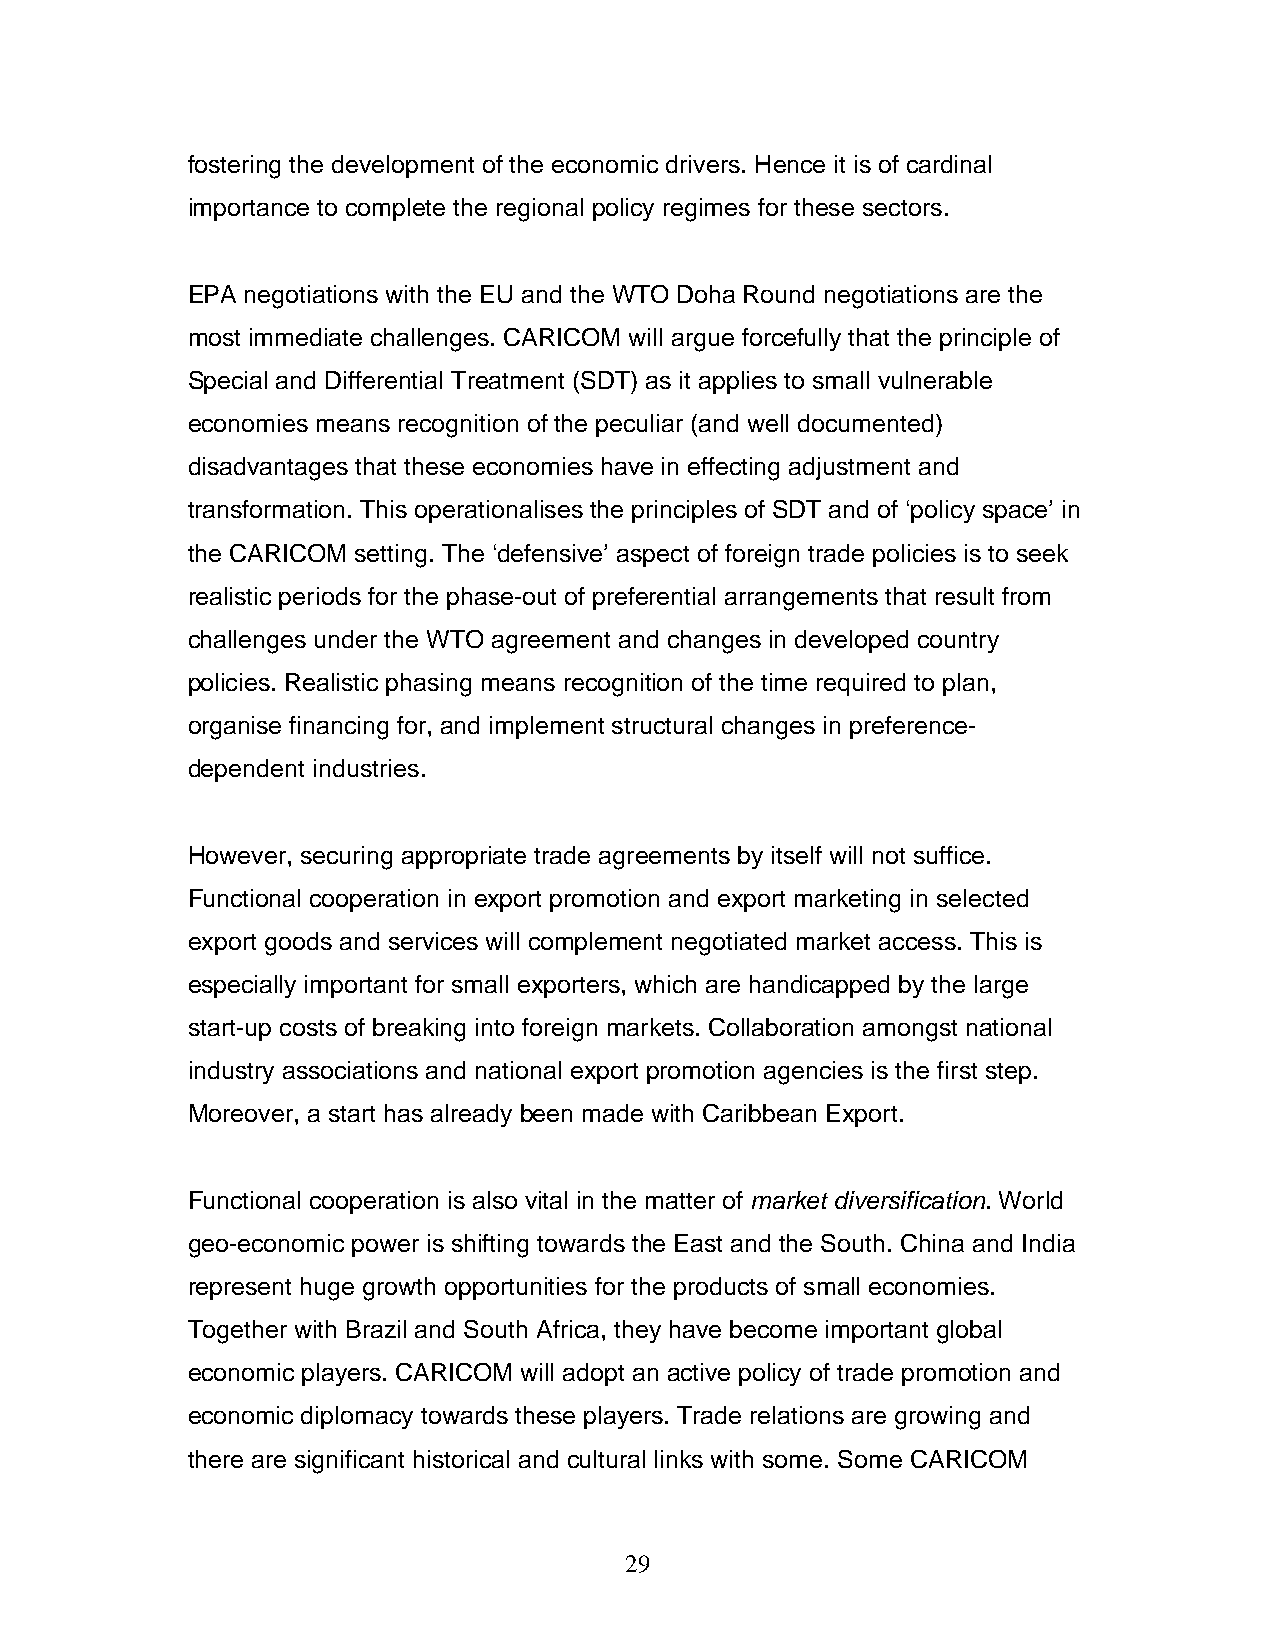
fostering the development of the economic drivers. Hence it is of cardinal
 importance to complete the regional policy regimes for these sectors.
 EPA negotiations with the EU and the WTO Doha Round negotiations are the
 most immediate challenges. CARICOM will argue forcefully that the principle of
 Special and Differential Treatment (SDT) as it applies to small vulnerable
 economies means recognition of the peculiar (and well documented)
 disadvantages that these economies have in effecting adjustment and
 transformation. This operationalises the principles of SDT and of ‘policy space’ in
 the CARICOM setting. The ‘defensive’ aspect of foreign trade policies is to seek
 realistic periods for the phase-out of preferential arrangements that result from
 challenges under the WTO agreement and changes in developed country
 policies. Realistic phasing means recognition of the time required to plan,
 organise financing for, and implement structural changes in preference-
 dependent industries.
 However, securing appropriate trade agreements by itself will not suffice.
 Functional cooperation in export promotion and export marketing in selected
 export goods and services will complement negotiated market access. This is
 especially important for small exporters, which are handicapped by the large
 start-up costs of breaking into foreign markets. Collaboration amongst national
 industry associations and national export promotion agencies is the first step.
 Moreover, a start has already been made with Caribbean Export.
 Functional cooperation is also vital in the matter of market diversification. World
 geo-economic power is shifting towards the East and the South. China and India
 represent huge growth opportunities for the products of small economies.
 Together with Brazil and South Africa, they have become important global
 economic players. CARICOM will adopt an active policy of trade promotion and
 economic diplomacy towards these players. Trade relations are growing and
 there are significant historical and cultural links with some. Some CARICOM
 29